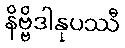
နိဗ္ဗိဒါနုပဿီ